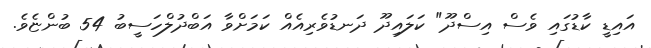
އައިޑީ ކާޑުގައި ވެސް އިސްދޫ" ކަލައިދޫ ދަނޑުވެރިއެއް ކަމަށްވާ އަބްދުލްހަސީބު 54 ބުންޏެވެ.